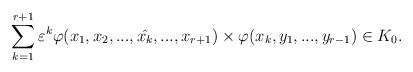
LaTeX: \begin{align*}\sum_{k=1}^{r+1}\varepsilon^k\varphi(x_1,x_2,...,\hat{x_k},...,x_{r+1})\times \varphi(x_k,y_1,...,y_{r-1}) \in K_0.\end{align*}